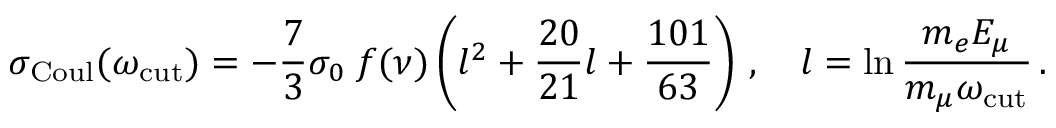
\sigma _ { \mathrm { C o u l } } ( \omega _ { \mathrm { c u t } } ) = - \frac { 7 } { 3 } \sigma _ { 0 } \; f ( \nu ) \left( l ^ { 2 } + \frac { 2 0 } { 2 1 } l + \frac { 1 0 1 } { 6 3 } \right) \, , \ \ \ l = \ln \frac { m _ { e } E _ { \mu } } { m _ { \mu } \omega _ { \mathrm { c u t } } } \, .